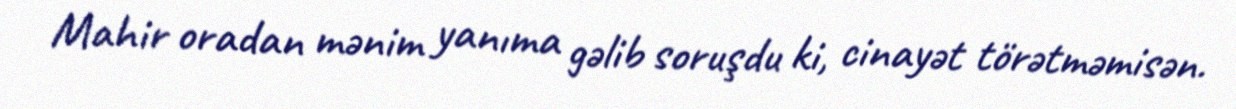
Mahir oradan mənim yanıma gəlib soruşdu ki, cinayət törətməmisən.